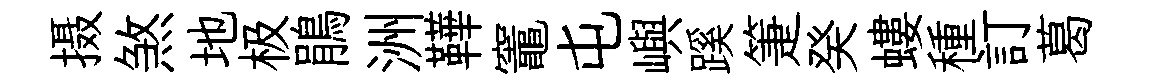
摄煞地极鵑洲鞾竈屯嶼蹊箑癸螻種訂葛